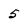
Character: 5